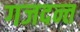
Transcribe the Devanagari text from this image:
गजदन्त